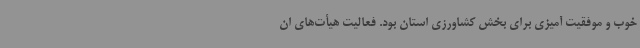
خوب و موفقیت آمیزی برای بخش کشاورزی استان بود. فعالیت هیأت‌های ان